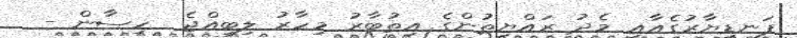
ފަނޑިޔާރުގެއާއި މެދު ރައްޔިތުންގެ އިތުބާރު މިހާރު ލިބިއްޖެ  ހިސާން -